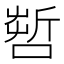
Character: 𠺤